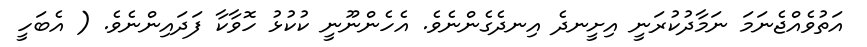
އަތުވެއްޖެނަމަ ނަމާދުކުރަނީ އިށީނދެ އިނދެގެންނެވެ. އެހެންނޫނީ ކުކުޅު ހޮވާކާ ފަދައިންނެވެ. ( އެބަހީ